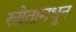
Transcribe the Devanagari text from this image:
स्रोतामधून